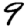
Digit: 9